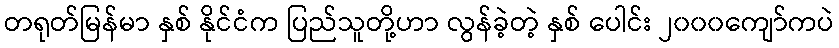
တရုတ်မြန်မာ နှစ် နိုင်ငံက ပြည်သူတို့ဟာ လွန်ခဲ့တဲ့ နှစ် ပေါင်း ၂၀၀၀ကျော်ကပဲ